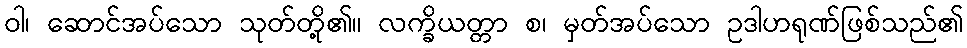
ဝါ၊ ဆောင်အပ်သော သုတ်တို့၏။ လက္ခိယတ္တာ စ၊ မှတ်အပ်သော ဥဒါဟရုဏ်ဖြစ်သည်၏